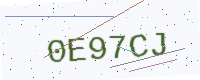
Text: 0E97CJ